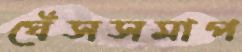
ঘেঁসসমাপ